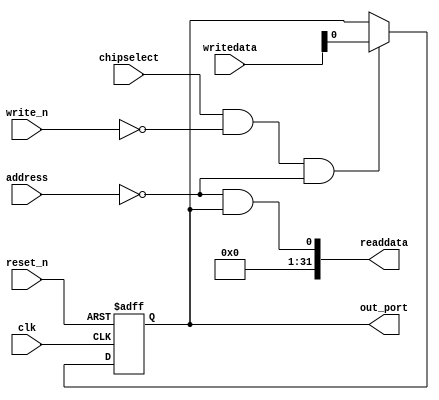
module DE2_115_SOPC_CY7C67200_RESET_N (
                                        // inputs:
                                         address,
                                         chipselect,
                                         clk,
                                         reset_n,
                                         write_n,
                                         writedata,

                                        // outputs:
                                         out_port,
                                         readdata
                                      )
;

  output           out_port;
  output  [ 31: 0] readdata;
  input   [  1: 0] address;
  input            chipselect;
  input            clk;
  input            reset_n;
  input            write_n;
  input   [ 31: 0] writedata;

  wire             clk_en;
  reg              data_out;
  wire             out_port;
  wire             read_mux_out;
  wire    [ 31: 0] readdata;
  assign clk_en = 1;
  //s1, which is an e_avalon_slave
  assign read_mux_out = {1 {(address == 0)}} & data_out;
  always @(posedge clk or negedge reset_n)
    begin
      if (reset_n == 0)
          data_out <= 0;
      else if (chipselect && ~write_n && (address == 0))
          data_out <= writedata;
    end


  assign readdata = {{{32- 1}{1'b0}},read_mux_out};
  assign out_port = data_out;

endmodule